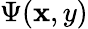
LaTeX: \Psi(\mathbf{x},y)